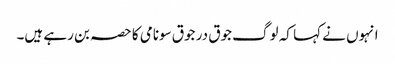
انہوں نے کہا کہ لوگ جوق در جوق سونامی کا حصہ بن رہے ہیں۔